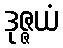
ဒုဇ္ဇယံ